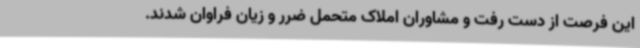
این فرصت از دست رفت و مشاوران املاک متحمل ضرر و زیان فراوان شدند.